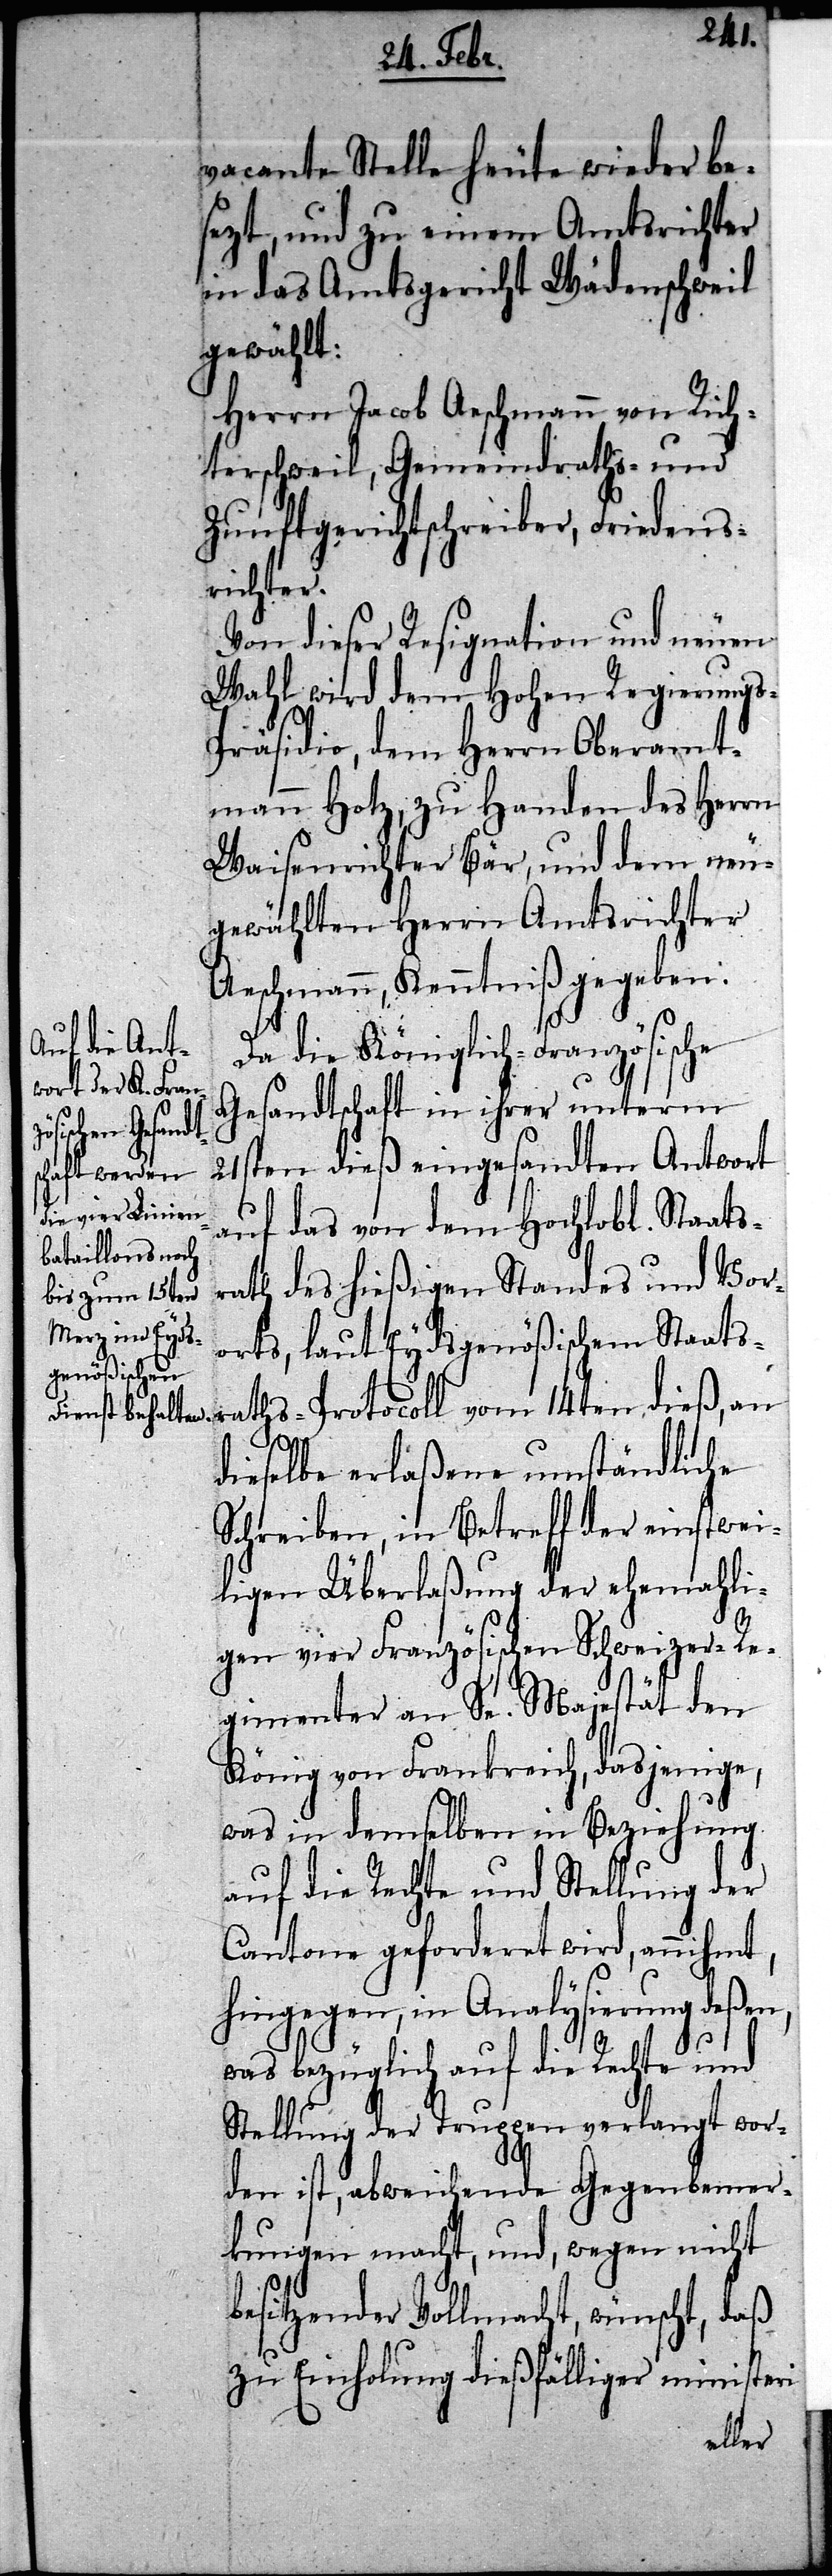
vacante Stelle heute wieder be¬
sezt, und zu einem Amtsrichter
in das Amtsgericht Wädenschweil
gewählt:
Herrn Jacob Aeschmann von Rich¬
terschweil, Gemeindraths- und
Zunftgerichtschreiber, Friedens¬
richter.
Von dieser Resignation und neuen
Wahl wird dem Hohen Regierungs-P¬
räsidio, dem Herrn Oberamt¬
mann Hotz, zu Handen des Herrn
Waisenrichter Bär, und dem neu¬
gewählten Herrn Amtsrichter
Aeschmann, Kenntniß gegeben.
b¬
Da die Königlich-Französische
Gesandtschaft in ihrer unterm
21sten dieß eingesandten Antwort
auf das von dem Hochlobl. Staats¬
rath des hießigen Standes und Vor¬
orts, laut Eydsgenößischem Sta¬
atsraths-Protocoll vom 14ten dieß, an
dieselbe erlaßene umständliche
Schreiben, in Betreff der einstwei¬
ligen Überlaßung der ehemahli¬
gen vier Französischen Schweizer-Re¬
gimenter an Se. Majestät den
König von Frankreich, dasjenige,
was in demselben in Beziehung
auf die Rechte und Stellung der
Cantone gefordert wird, annihmt,
hingegen, in Analysierung deßen,
was bezüglich auf die Rechte und
Stellung der Truppen verlangt wor¬
den ist, abweichende Gegenbemer¬
kungen macht, und, wegen nicht
esitzender Vollmacht, wünscht, daß
zu Einholung dießfälliger ministeri-